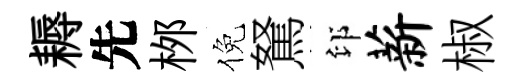
耨先桞倪駑印薪椒